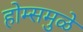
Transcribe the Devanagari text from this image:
होम्समुळे